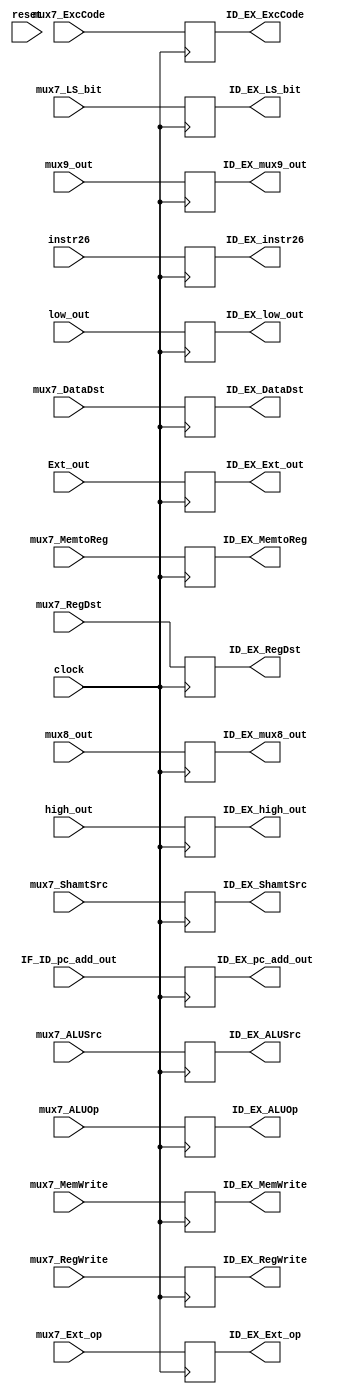
module ID_EX (
    input               clock,
    input               reset,
    input       [ 1: 0] mux7_LS_bit,
    input       [ 2: 0] mux7_RegDst,
    input       [ 2: 0] mux7_DataDst,
    input               mux7_MemtoReg,
    input       [ 3: 0] mux7_ALUOp,
    input               mux7_MemWrite,
    input               mux7_ALUSrc,
    input               mux7_ShamtSrc,
    input               mux7_RegWrite,
    input               mux7_Ext_op,
    input       [ 3: 0] mux7_ExcCode,
    input       [31: 0] low_out,
    input       [31: 0] high_out,
    input       [31: 0] IF_ID_pc_add_out,
    input       [31: 0] mux8_out,
    input       [31: 0] mux9_out,
    input       [31: 0] Ext_out,
    input       [25: 0] instr26,

    output reg  [ 1: 0] ID_EX_LS_bit,
    output reg  [ 2: 0] ID_EX_RegDst,
    output reg  [ 2: 0] ID_EX_DataDst,
    output reg          ID_EX_MemtoReg,
    output reg  [ 3: 0] ID_EX_ALUOp,
    output reg          ID_EX_MemWrite,
    output reg          ID_EX_ALUSrc,
    output reg          ID_EX_ShamtSrc,
    output reg          ID_EX_RegWrite,
    output reg          ID_EX_Ext_op,
    output reg  [ 3: 0] ID_EX_ExcCode,
    output reg  [31: 0] ID_EX_low_out,
    output reg  [31: 0] ID_EX_high_out,
    output reg  [31: 0] ID_EX_pc_add_out,
    output reg  [31: 0] ID_EX_mux8_out,
    output reg  [31: 0] ID_EX_mux9_out,
    output reg  [31: 0] ID_EX_Ext_out,
    output reg  [25: 0] ID_EX_instr26
    
);

    always @(posedge clock) begin
        ID_EX_LS_bit      <=   mux7_LS_bit;
        ID_EX_RegDst      <=   mux7_RegDst;
        ID_EX_DataDst     <=   mux7_DataDst;
        ID_EX_MemtoReg    <=   mux7_MemtoReg;
        ID_EX_ALUOp       <=   mux7_ALUOp;
        ID_EX_MemWrite    <=   mux7_MemWrite;
        ID_EX_ALUSrc      <=   mux7_ALUSrc;
        ID_EX_ShamtSrc    <=   mux7_ShamtSrc;
        ID_EX_RegWrite    <=   mux7_RegWrite;
        ID_EX_Ext_op      <=   mux7_Ext_op;
        ID_EX_ExcCode     <=   mux7_ExcCode;
        ID_EX_low_out     <=   low_out;
        ID_EX_high_out    <=   high_out;
        ID_EX_pc_add_out  <=   IF_ID_pc_add_out;
        ID_EX_mux8_out    <=   mux8_out;
        ID_EX_mux9_out    <=   mux9_out;
        ID_EX_Ext_out     <=   Ext_out;
        ID_EX_instr26     <=   instr26;
    end

endmodule //ID_EX